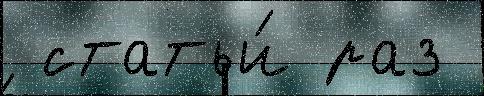
 статьи́ раз